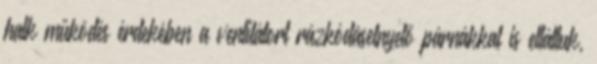
halk működés érdekében a ventilátort rázkódáselnyelő párnákkal is elláttuk,